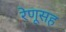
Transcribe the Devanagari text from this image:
रेणूसह